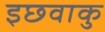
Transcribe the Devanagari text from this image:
इछवाकु